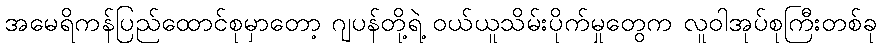
အမေရိကန်ပြည်ထောင်စုမှာတော့ ဂျပန်တို့ရဲ့ ဝယ်ယူသိမ်းပိုက်မှုတွေက လူဝါအုပ်စုကြီးတစ်ခု